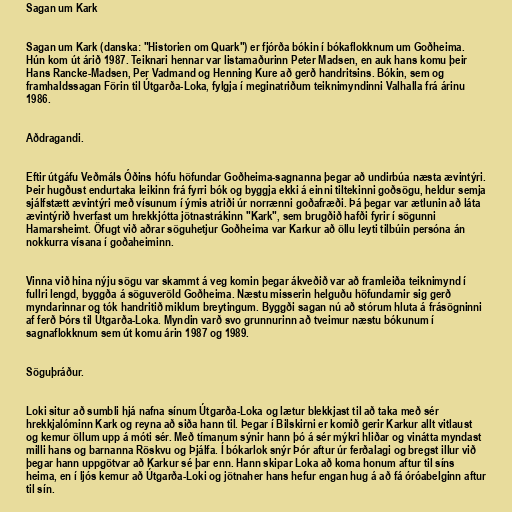
Sagan um Kark

Sagan um Kark (danska: "Historien om Quark") er fjórða bókin í bókaflokknum um Goðheima.
Hún kom út árið 1987. Teiknari hennar var listamaðurinn Peter Madsen, en auk hans komu þeir
Hans Rancke-Madsen, Per Vadmand og Henning Kure að gerð handritsins. Bókin, sem og
framhaldssagan Förin til Útgarða-Loka, fylgja í meginatriðum teiknimyndinni Valhalla frá árinu
1986.

Aðdragandi.

Eftir útgáfu Veðmáls Óðins hófu höfundar Goðheima-sagnanna þegar að undirbúa næsta ævintýri.
Þeir hugðust endurtaka leikinn frá fyrri bók og byggja ekki á einni tiltekinni goðsögu, heldur semja
sjálfstætt ævintýri með vísunum í ýmis atriði úr norrænni goðafræði. Þá þegar var ætlunin að láta
ævintýrið hverfast um hrekkjótta jötnastrákinn "Kark", sem brugðið hafði fyrir í sögunni
Hamarsheimt. Öfugt við aðrar söguhetjur Goðheima var Karkur að öllu leyti tilbúin persóna án
nokkurra vísana í goðaheiminn.

Vinna við hina nýju sögu var skammt á veg komin þegar ákveðið var að framleiða teiknimynd í
fullri lengd, byggða á söguveröld Goðheima. Næstu misserin helguðu höfundarnir sig gerð
myndarinnar og tók handritið miklum breytingum. Byggði sagan nú að stórum hluta á frásögninni
af ferð Þórs til Útgarða-Loka. Myndin varð svo grunnurinn að tveimur næstu bókunum í
sagnaflokknum sem út komu árin 1987 og 1989.

Söguþráður.

Loki situr að sumbli hjá nafna sínum Útgarða-Loka og lætur blekkjast til að taka með sér
hrekkjalóminn Kark og reyna að siða hann til. Þegar í Bilskirni er komið gerir Karkur allt vitlaust
og kemur öllum upp á móti sér. Með tímanum sýnir hann þó á sér mýkri hliðar og vinátta myndast
milli hans og barnanna Röskvu og Þjálfa. Í bókarlok snýr Þór aftur úr ferðalagi og bregst illur við
þegar hann uppgötvar að Karkur sé þar enn. Hann skipar Loka að koma honum aftur til síns
heima, en í ljós kemur að Útgarða-Loki og jötnaher hans hefur engan hug á að fá óróabelginn aftur
til sín.